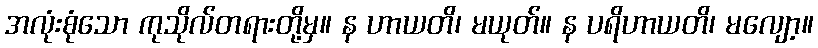
အလုံးစုံသော ကုသိုလ်တရားတို့မှ။ န ဟာယတိ၊ မယုတ်။ န ပရိဟာယတိ၊ မလျော့။